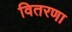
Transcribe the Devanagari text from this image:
वितरणा